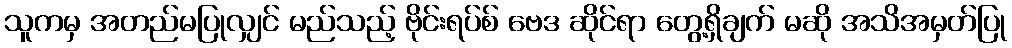
သူကမှ အတည်မပြုလျှင် မည်သည့် ဗိုင်းရပ်စ် ဗေဒ ဆိုင်ရာ တွေ့ရှိချက် မဆို အသိအမှတ်ပြု